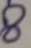
Text: 8